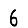
Digit: 6